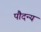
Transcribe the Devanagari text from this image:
पौदन्य